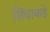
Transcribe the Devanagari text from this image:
सिंचाकडे